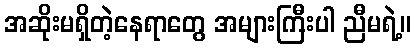
အဆိုးမရှိတဲ့နေရာတွေ အများကြီးပါ ညီမရဲ့။